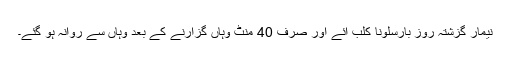
نیمار گزشتہ روز بارسلونا کلب آئے اور صرف 40 منٹ وہاں گزارنے کے بعد وہاں سے روانہ ہو گئے۔